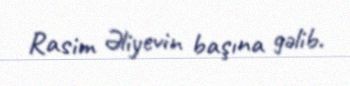
Rasim Əliyevin başına gəlib.